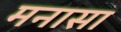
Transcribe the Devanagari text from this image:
मनासा